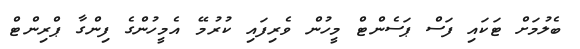
ބެލުމަށް ޓަކައި ފަސް ޕަސެންޓް މީހުން ވެރިފައި ކުރުމޭ އެމީހުންގެ ފިންގާ ޕްރިންޓް